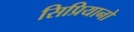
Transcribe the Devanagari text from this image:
सिप्रियानो